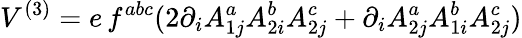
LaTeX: V^{(3)}=e\, f^{abc}(2\partial_{i}A_{1j}^{a}A_{2i}^{b}A_{2j}^{c}+\partial_{i}A_{2j}^{a}A_{1i}^{b}A_{2j}^{c})